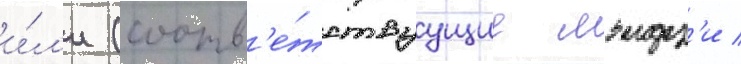
и́л'и (соотв'е́тствуущие мэидз'и /